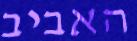
האביב